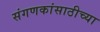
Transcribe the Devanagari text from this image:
संगणकांसाठीच्या